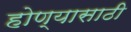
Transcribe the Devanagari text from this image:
होण्‍यासाठी